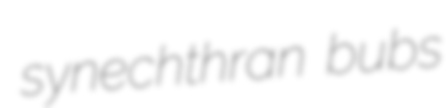
synechthran bubs